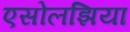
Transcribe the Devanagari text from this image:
एसोलझिया